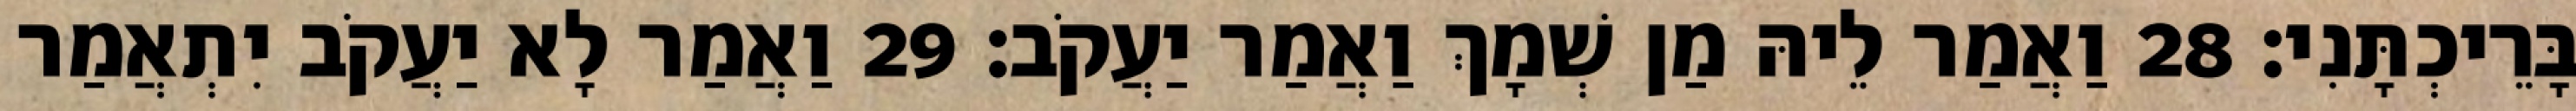
בָּרֵיכְתָּנִי׃ 28 וַאֲמַר לֵיהּ מַן שְׁמָךְ וַאֲמַר יַעֲקֹב׃ 29 וַאֲמַר לָא יַעֲקֹב יִתְאֲמַר